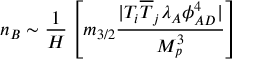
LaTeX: n _ { B } \sim \frac { 1 } { H } \left[ m _ { 3 / 2 } \frac { | T _ { i } \overline { { { T } } } _ { j } \lambda _ { A } \phi _ { A D } ^ { 4 } | } { M _ { p } ^ { 3 } } \right]